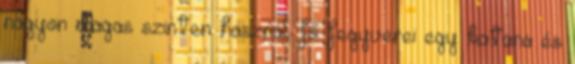
nagyon magas szinten használ, fő fegyverei egy katana és